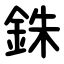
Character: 銖